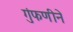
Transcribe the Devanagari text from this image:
गुंफणीने